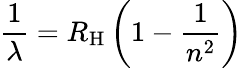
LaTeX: {\frac{1}{\lambda}}=R_{\mathrm{H}}\left(1-{\frac{1}{n^{2}}}\right)